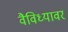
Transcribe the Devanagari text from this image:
वैविध्यावर